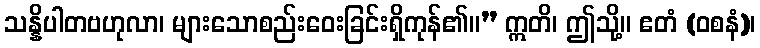
သန္နိပါတဗဟုလာ၊ များသောစည်းဝေးခြင်းရှိကုန်၏။” ဣတိ၊ ဤသို့။ ဧတံ (ဝစနံ)၊